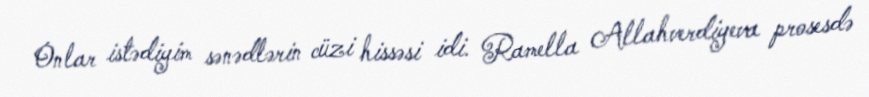
Onlar istədiyim sənədlərin cüzi hissəsi idi. Ramella Allahverdiyeva prosesdə